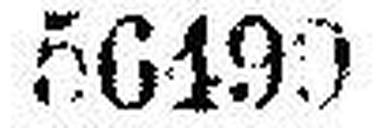
56199